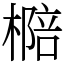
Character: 㯁